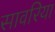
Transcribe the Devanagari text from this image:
सावरिया